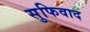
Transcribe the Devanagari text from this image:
सुफिवाद